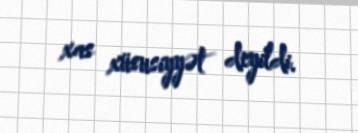
xas xüsusiyyət deyildi.